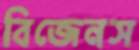
বিজেনস